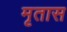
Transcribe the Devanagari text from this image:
मृतास